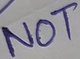
Text: NOT